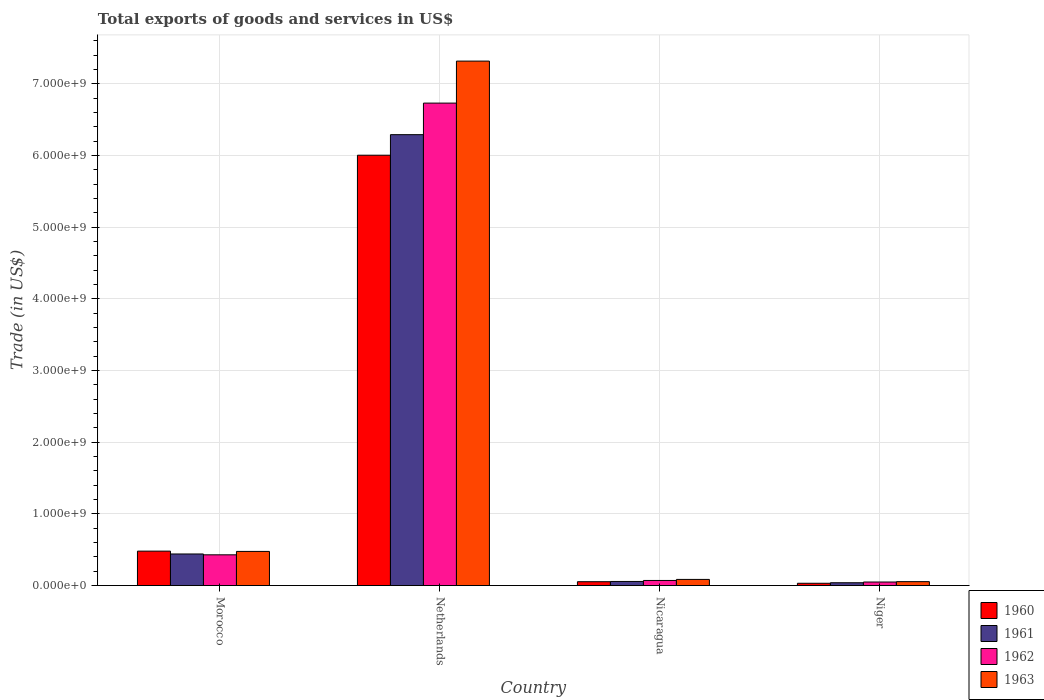
| Country | 1960 | 1961 | 1962 | 1963 |
 | --- | --- | --- | --- | --- |
 | Morocco | 4.8e+08 | 4.41e+08 | 4.29e+08 | 4.76e+08 |
 | Netherlands | 6e+09 | 6.29e+09 | 6.73e+09 | 7.32e+09 |
 | Nicaragua | 5.37e+07 | 5.71e+07 | 7.12e+07 | 8.57e+07 |
 | Niger | 3.19e+07 | 3.95e+07 | 4.94e+07 | 5.46e+07 |